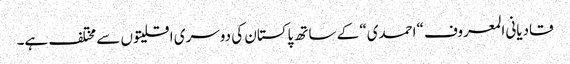
قادیانی المعروف “احمدی“ کے ساتھ پاکستان کی دوسری اقلیتوں سے مختلف ہے۔